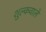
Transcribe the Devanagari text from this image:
शुल्कवाले